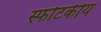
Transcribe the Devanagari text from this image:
स्फोटकीय